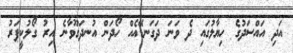
އަދި އައްސަދުގެ ހިޔާލުގައި ދެ ވަނަ ދަގަނޑޭއެއް ހޯދަން އުނދަގޫވާނެ އިރު ގޯލުކީޕަރު